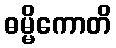
ဓမ္မိကောတိ